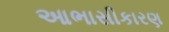
આભાસીકારણ